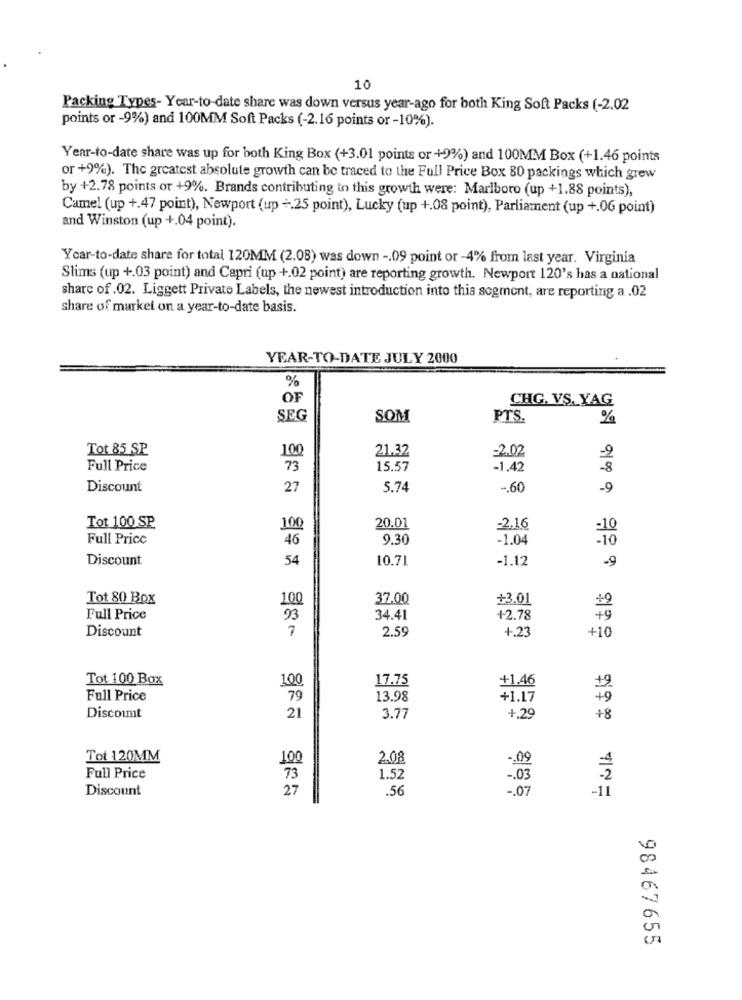
10
Packing Types- Year-to-date share was down versus year-ago for both King Soft Packs (-2.02
points or -9%) and 100MM Soft Packs (-2.16 points or -10%).
Year-to-date share was up for both King Box (+3.01 points or +9%) and 100MM Box (+1.46 points
or +9%). The greatest absolute growth can be traced to the Full Price Box 80 packings which grew
by +2.78 points or +9%. Brands contributing to this growth were: Marlboro (up +1.88 points),
Camel (up +.47 point), Newport (up +.25 point), Lucky (up +.08 point), Parliament (up +.06 point)
and Winston (up +.04 point).
Year-to-date share for total 120MM (2.08) was down -. 09 point or -4% from last year. Virginia
Slims (up +.03 point) and Capri (up +.02 point) are reporting growth. Newport 120's has a national
share of .02. Liggett Private Labels, the newest introduction into this segment, are reporting a .02
share of markel on a year-to-date basis.
YEAR-TO-DATE JULY 2000
%
OF
CHG. VS. YAG
SEG
SOM
PTS.
%
Tot 85 SP
21.32
-2.02
100
Full Price
73
15.57
-1.42
Discount
27
5.74
-. 60
-9
Tot 100 SP
100
20.01
=2.16
Full Price
46
9.30
-1.04
Discount
54
10.71
-1.12
-9
Tot 80 Box
100
37.00
+3.01
Full Price
33
34.41
+2.78
Discount
2.59
+10
+.23
Tot 100 Box
100
17.75
+1.46
Full Price
79
13.98
+1.17
Discoimt
21
3.77
+.29
+8
Tot 120MM
100
2.08
Full Price
73
1.52
Discount
27
.56
-93
-11
.07
98467655